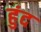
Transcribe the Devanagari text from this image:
हुंद